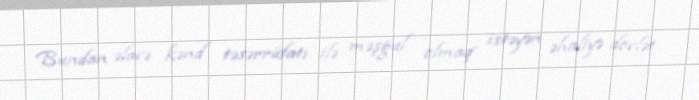
Bundan əlavə kənd təsərrüfatı ilə məşğul olmaq istəyən əhaliyə dövlət